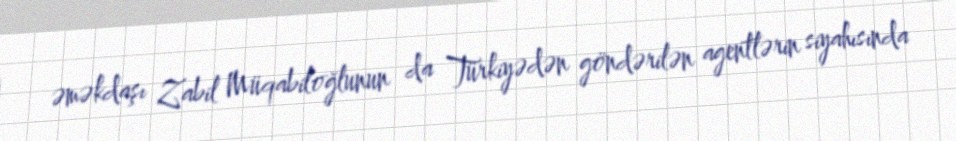
əməkdaşı Zabil Müqabiloğlunun da Türkiyədən göndərilən agentlərin siyahısında